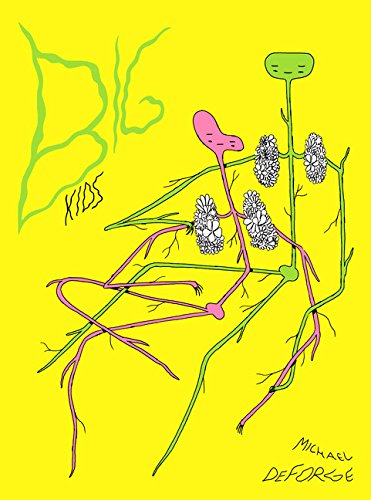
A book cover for Big Kids; Michael DeForge; Comics & Graphic Novels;